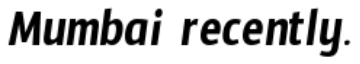
Mumbai recently.